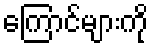
ကြောင်များကို